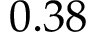
0 . 3 8